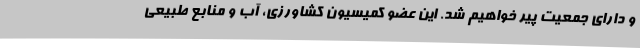
و دارای جمعیت پیر خواهیم شد. این عضو کمیسیون کشاورزی، آب و منابع طبیعی